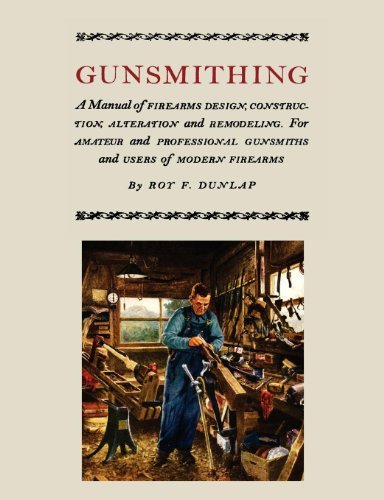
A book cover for Gunsmithing: A Manual of Firearm Design, Construction, Alteration and Remodeling [Illustrated Edition]; Roy F. Dunlap; Crafts, Hobbies & Home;